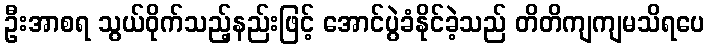
ဦးအာစရ သွယ်ဝိုက်သည့်နည်းဖြင့် အောင်ပွဲခံနိုင်ခဲ့သည် တိတိကျကျမသိရပေ